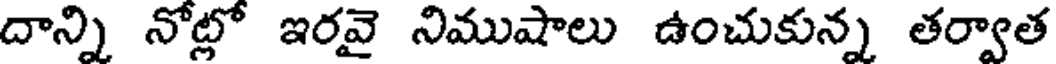
దాన్ని నోట్లో ఇరవై నిముషాలు ఉంచుకున్న తర్వాత